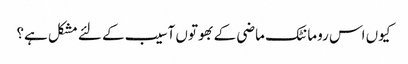
کیوں اس رومانٹک ماضی کے بھوتوں آسیب کے لئے مشکل ہے؟